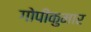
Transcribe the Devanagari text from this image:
गोपीकुमार